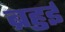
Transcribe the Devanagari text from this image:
ब्रहुई